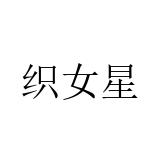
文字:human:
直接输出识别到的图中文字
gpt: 织女星